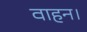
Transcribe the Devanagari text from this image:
वाहन।